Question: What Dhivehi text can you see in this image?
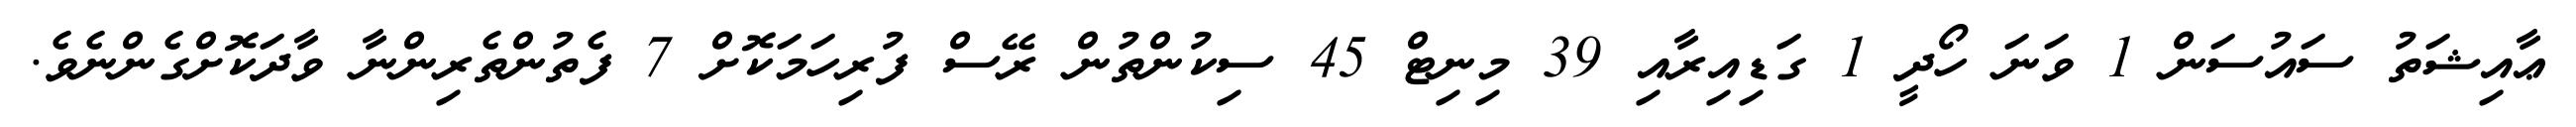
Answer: ޢާއިޝަތު ސައުސަން 1 ވަނަ ހޯދީ 1 ގަޑިއިރާއި 39 މިނިޓް 45 ސިކުންތުން ރޭސް ފުރިހަމަކޮށް 7 ފެތުންތެރިންނާ ވާދަކޮށްގެންނެވެ.